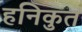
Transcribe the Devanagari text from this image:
हनिकुत